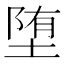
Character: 堕